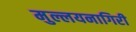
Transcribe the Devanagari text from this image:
मुल्लयनागिरी